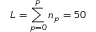
L = \sum _ { p = 0 } ^ { P } n _ { p } = 5 0